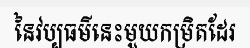
នៃវប្បធម៌នេះមួយកម្រិតដែរ